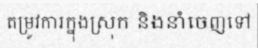
តម្រូវការក្នុងស្រុក និងនាំចេញទៅ